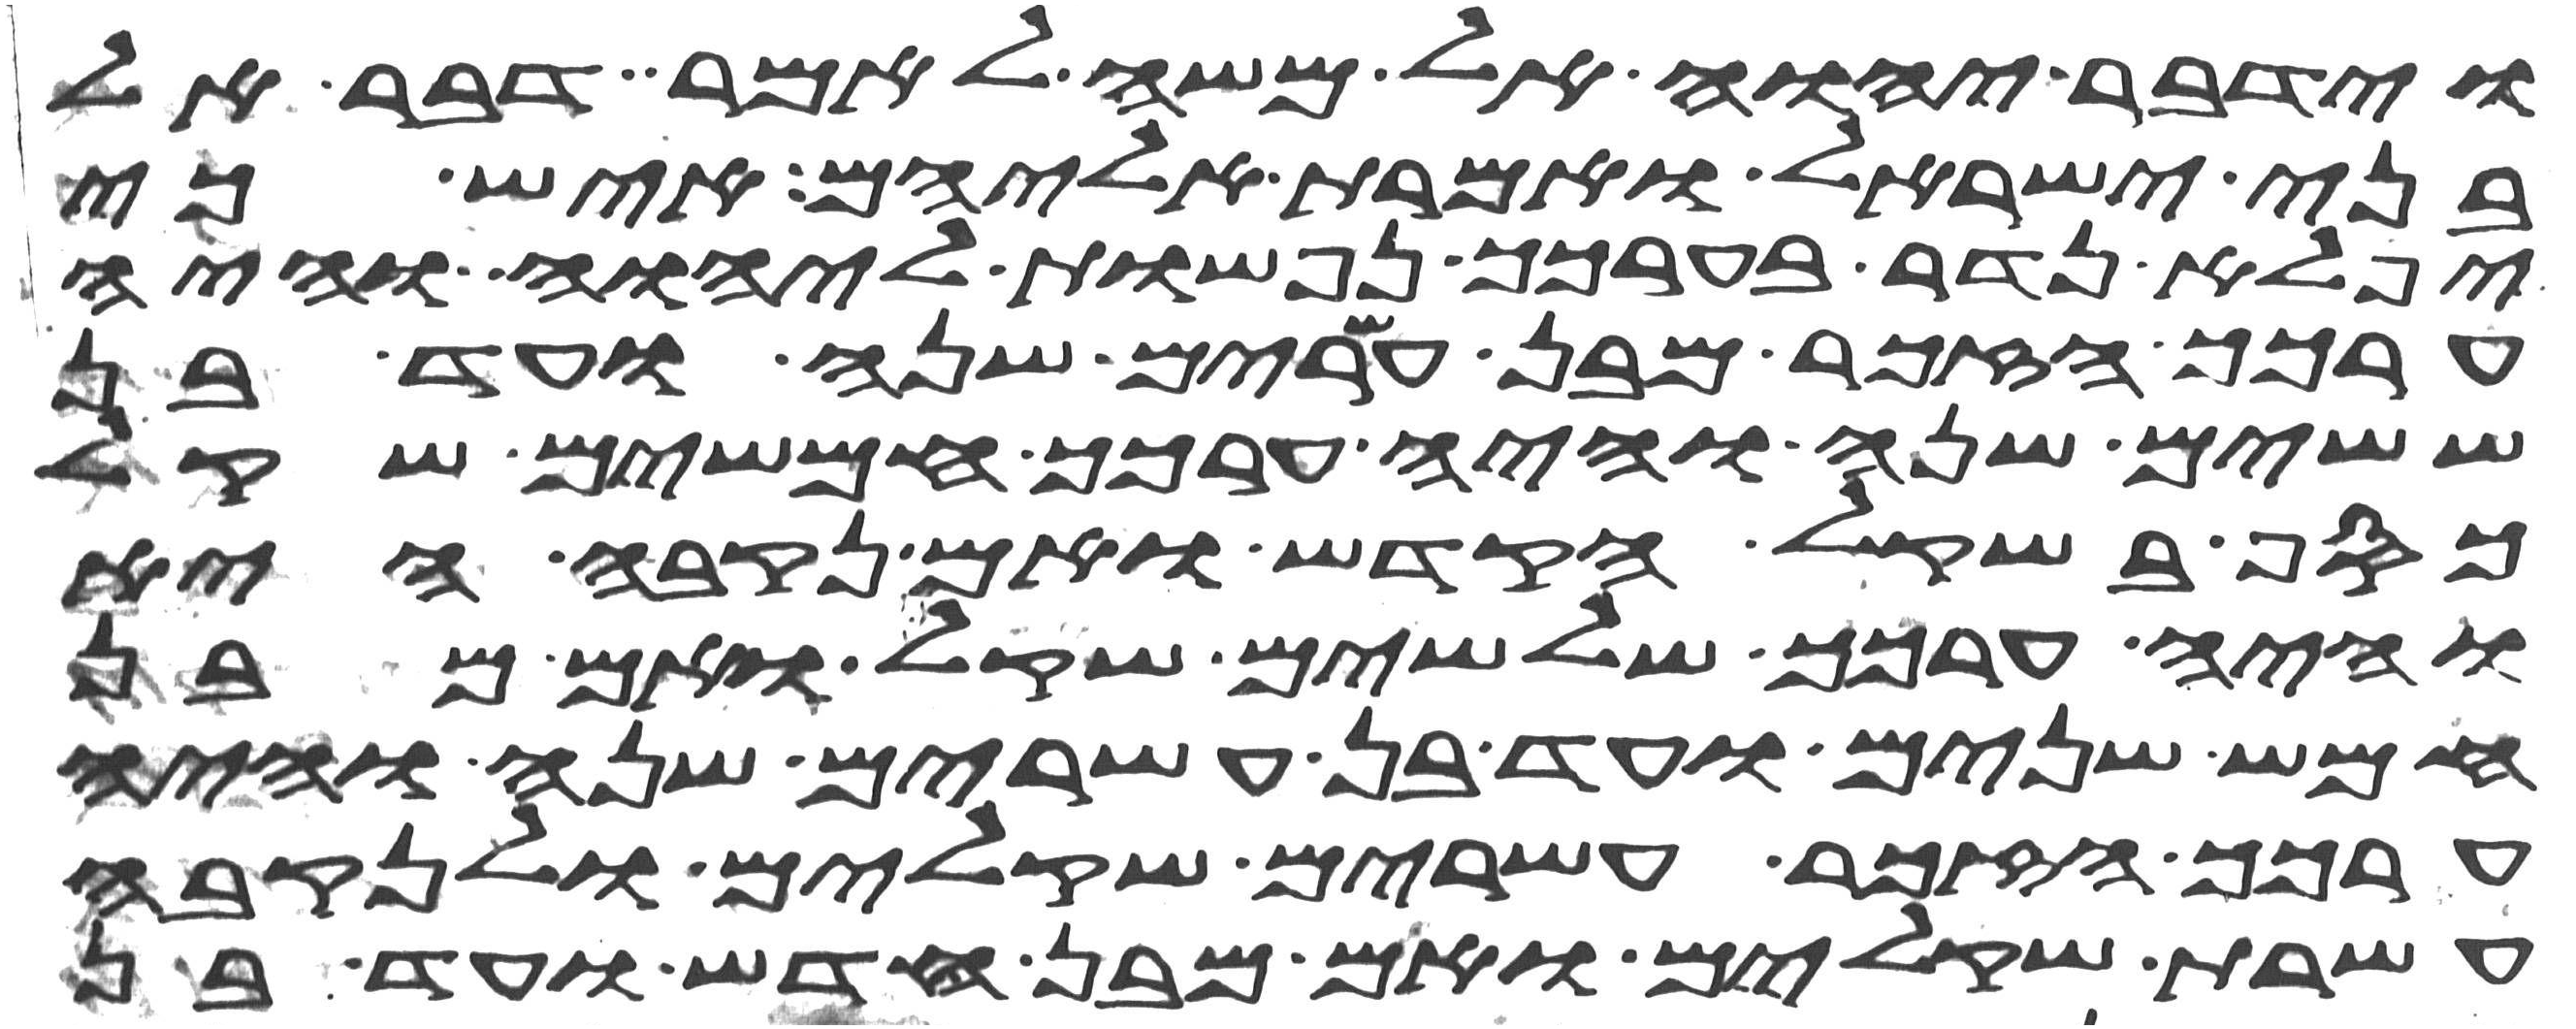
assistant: וידבר יהוה אל משה לאמר דבר אל
בני ישראל ואמרת אליהם איש כי
יפלא נדר בערכך נפשות ליהוה והיה
ערכך הזכר מבן עשרים שנה ועד בן
ששים שנה והיה ערכך חמשים שקל
כסף בשקל הקדש ואם נקבה היא
והיה ערכך שלשים שקל ואם מבן
חמש שנים ועד בן עשרים שנה והיה
ערכך הזכר עשרים שקלים ולנקבה
עשרת שקלים ואם מבן חדש ועד בן